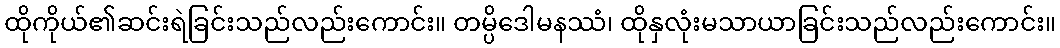
ထိုကိုယ်၏ဆင်းရဲခြင်းသည်လည်းကောင်း။ တမ္ပိဒေါမနဿံ၊ ထိုနှလုံးမသာယာခြင်းသည်လည်းကောင်း။